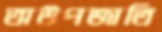
অউপজাতি